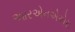
આરએનએએસ